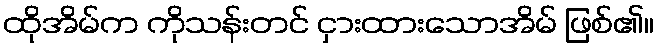
ထိုအိမ်က ကိုသန်းတင် ငှားထားသောအိမ် ဖြစ်၏။